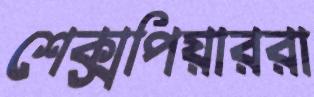
শেক্সপিয়াররা